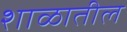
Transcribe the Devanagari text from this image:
शाळातील